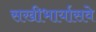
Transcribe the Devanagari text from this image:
सखीभार्यासवे